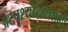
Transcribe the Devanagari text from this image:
अस्पृश्योद्धारासाठी